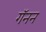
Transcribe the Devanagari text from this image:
गॅनन